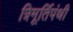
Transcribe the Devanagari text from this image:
त्रिमूर्तिपंथी